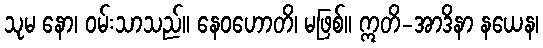
သုမ နော၊ ဝမ်းသာသည်။ နေဝဟောတိ၊ မဖြစ်။ ဣတိ-အာဒိနာ နယေန၊